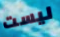
ليست